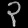
Digit: ၃